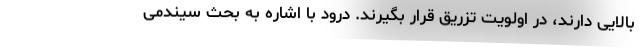
بالایی دارند، در اولویت تزریق قرار بگیرند. درود با اشاره به بحث سیندمی